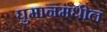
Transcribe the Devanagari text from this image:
घुमानमधील